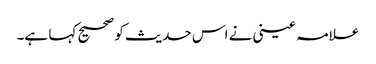
علامہ عینی نے اس حدیث کو صحیح کہا ہے۔